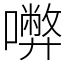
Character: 𡃇